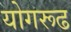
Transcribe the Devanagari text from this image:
योगरूढ